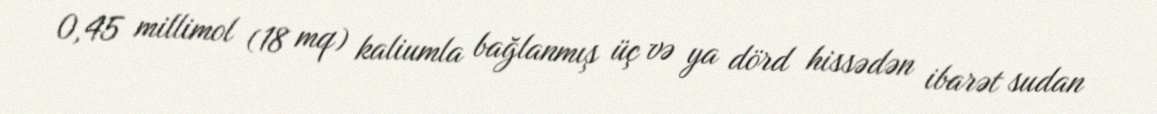
0,45 millimol (18 mq) kaliumla bağlanmış üç və ya dörd hissədən ibarət sudan